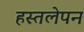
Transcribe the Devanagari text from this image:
हस्तलेपन